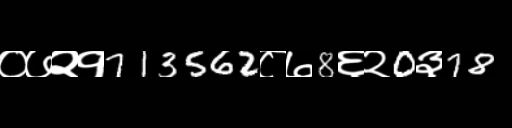
Text: ०७२१713562८७8६२0३78